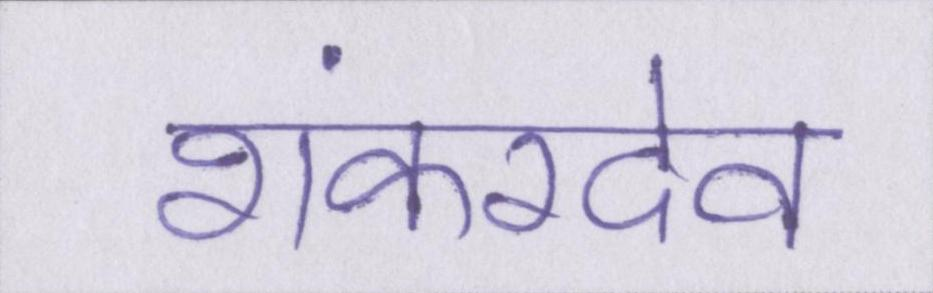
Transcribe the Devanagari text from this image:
शंकरदेव